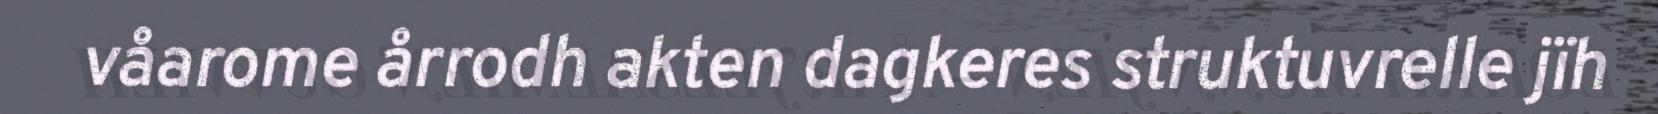
våarome årrodh akten dagkeres struktuvrelle jïh